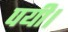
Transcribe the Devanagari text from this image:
पयी।